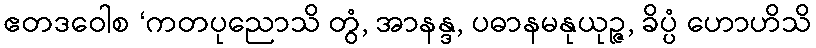
ဧတဒဝေါစ ‘ကတပုညောသိ တွံ, အာနန္ဒ, ပဓာနမနုယုဉ္ဇ, ခိပ္ပံ ဟောဟိသိ